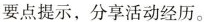
要点提示，分享活动经历。